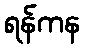
ရန်ကန